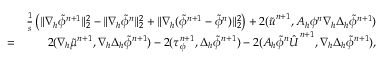
\begin{array} { r l r } & { } & { \frac { 1 } { s } \left( \| \nabla _ { h } \tilde { \phi } ^ { n + 1 } \| _ { 2 } ^ { 2 } - \| \nabla _ { h } \tilde { \phi } ^ { n } \| _ { 2 } ^ { 2 } + \| \nabla _ { h } ( \tilde { \phi } ^ { n + 1 } - \tilde { \phi } ^ { n } ) \| _ { 2 } ^ { 2 } \right) + 2 ( \tilde { \boldsymbol { u } } ^ { n + 1 } , A _ { h } \phi ^ { n } \nabla _ { h } \Delta _ { h } \tilde { \phi } ^ { n + 1 } ) } \\ & { = } & { 2 ( \nabla _ { h } \tilde { \mu } ^ { n + 1 } , \nabla _ { h } \Delta _ { h } \tilde { \phi } ^ { n + 1 } ) - 2 ( \tau _ { \phi } ^ { n + 1 } , \Delta _ { h } \tilde { \phi } ^ { n + 1 } ) - 2 ( A _ { h } \tilde { \phi } ^ { n } \hat { \boldsymbol { U } } ^ { n + 1 } , \nabla _ { h } \Delta _ { h } \tilde { \phi } ^ { n + 1 } ) , } \end{array}